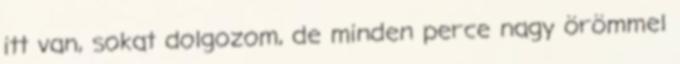
itt van, sokat dolgozom, de minden perce nagy örömmel